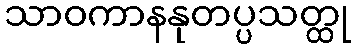
သာဝကာနနုတပ္ပသတ္ထု